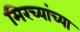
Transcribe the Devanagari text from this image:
मिरच्यांच्या